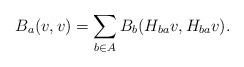
LaTeX: \begin{align*}B_a(v,v)=\sum_{b\in A}{B_b( H_{ba}v, H_{ba}v) }.\end{align*}